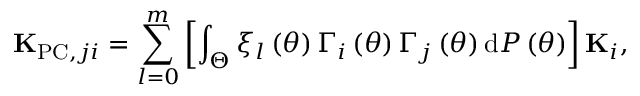
{ \bf K } _ { \mathrm { P C } , j i } = \sum _ { l = 0 } ^ { m } \left[ \int _ { \Theta } \xi _ { l } \left( \theta \right) \Gamma _ { i } \left( \theta \right) \Gamma _ { j } \left( \theta \right) \mathrm { d } { \cal P } \left( \theta \right) \right] { \bf K } _ { i } ,